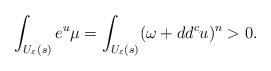
LaTeX: \begin{align*}\int_{U_\varepsilon(s)} e^u \mu=\int_{U_\varepsilon(s)} (\omega +dd^cu)^n>0.\end{align*}